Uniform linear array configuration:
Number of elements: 48
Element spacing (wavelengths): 1
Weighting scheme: kaiser
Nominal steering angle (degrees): -15
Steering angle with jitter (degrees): -15.795
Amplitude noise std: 0.05
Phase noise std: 0.05

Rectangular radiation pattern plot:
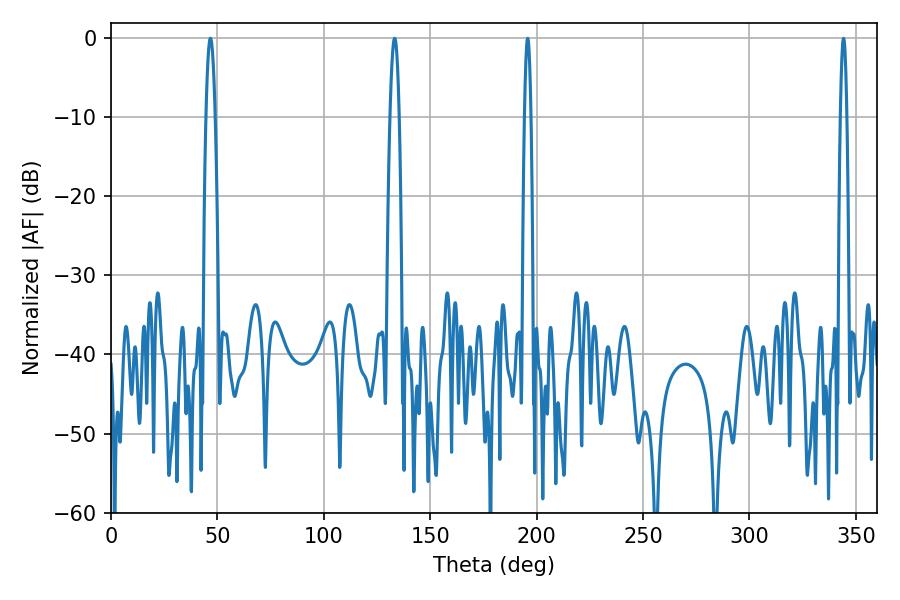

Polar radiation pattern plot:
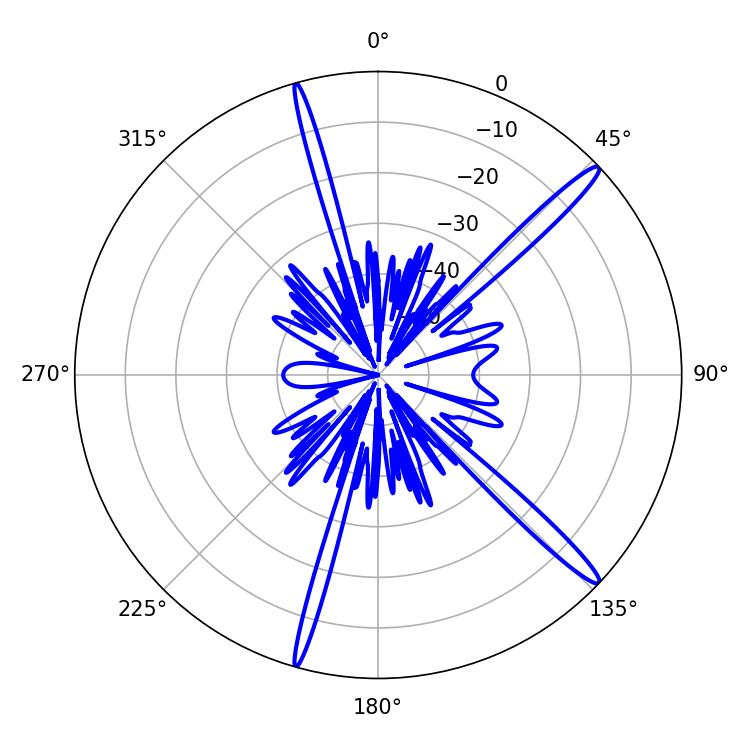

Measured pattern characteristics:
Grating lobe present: TRUE
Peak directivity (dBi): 16.135
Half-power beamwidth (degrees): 1.62
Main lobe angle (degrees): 195.84